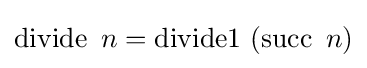
\operatorname {divide} \ n=\operatorname {divide1} \ (\operatorname {succ} \ n)